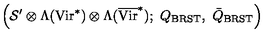
\left( { \mathcal S } ^ { \prime } \otimes \Lambda ( \mathrm { V i r } ^ { * } ) \otimes \Lambda ( \overline { \mathrm { V i r } } ^ { * } ) ; \ Q _ { \mathrm { B R S T } } , \ \bar { Q } _ { \mathrm { B R S T } } \right)